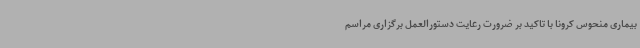
بیماری منحوس کرونا با تاکید بر ضرورت رعایت دستورالعمل برگزاری مراسم